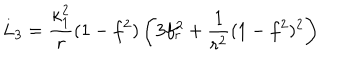
L _ { 3 } = \frac { \kappa _ { 1 } ^ { 2 } } { r } ( 1 - f ^ { 2 } ) \left( 3 f _ { r } ^ { 2 } + \frac { 1 } { r ^ { 2 } } ( 1 - f ^ { 2 } ) ^ { 2 } \right)